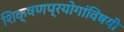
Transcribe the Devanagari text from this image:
शिक्षणप्रयोगांविषयी